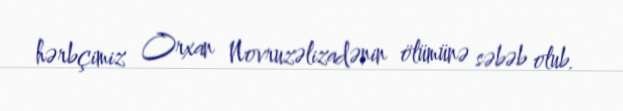
hərbçimiz Orxan Novruzəlizadənin ölümünə səbəb olub.